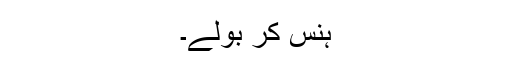
ہنس کر بولے۔